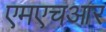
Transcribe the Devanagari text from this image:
एमएचआर